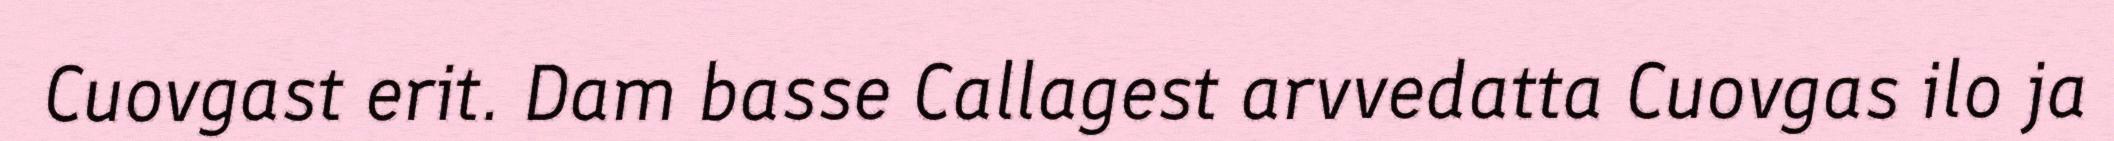
Cuovgast erit. Dam basse Callagest arvvedatta Cuovgas ilo ja